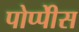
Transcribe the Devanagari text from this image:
पोप्पीेस